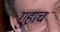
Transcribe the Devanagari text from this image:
गुहाच